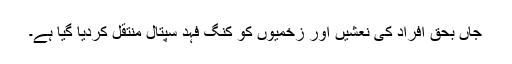
جاں بحق افراد کی نعشیں اور زخمیوں کو کنگ فہد سپتال منتقل کردیا گیا ہے۔